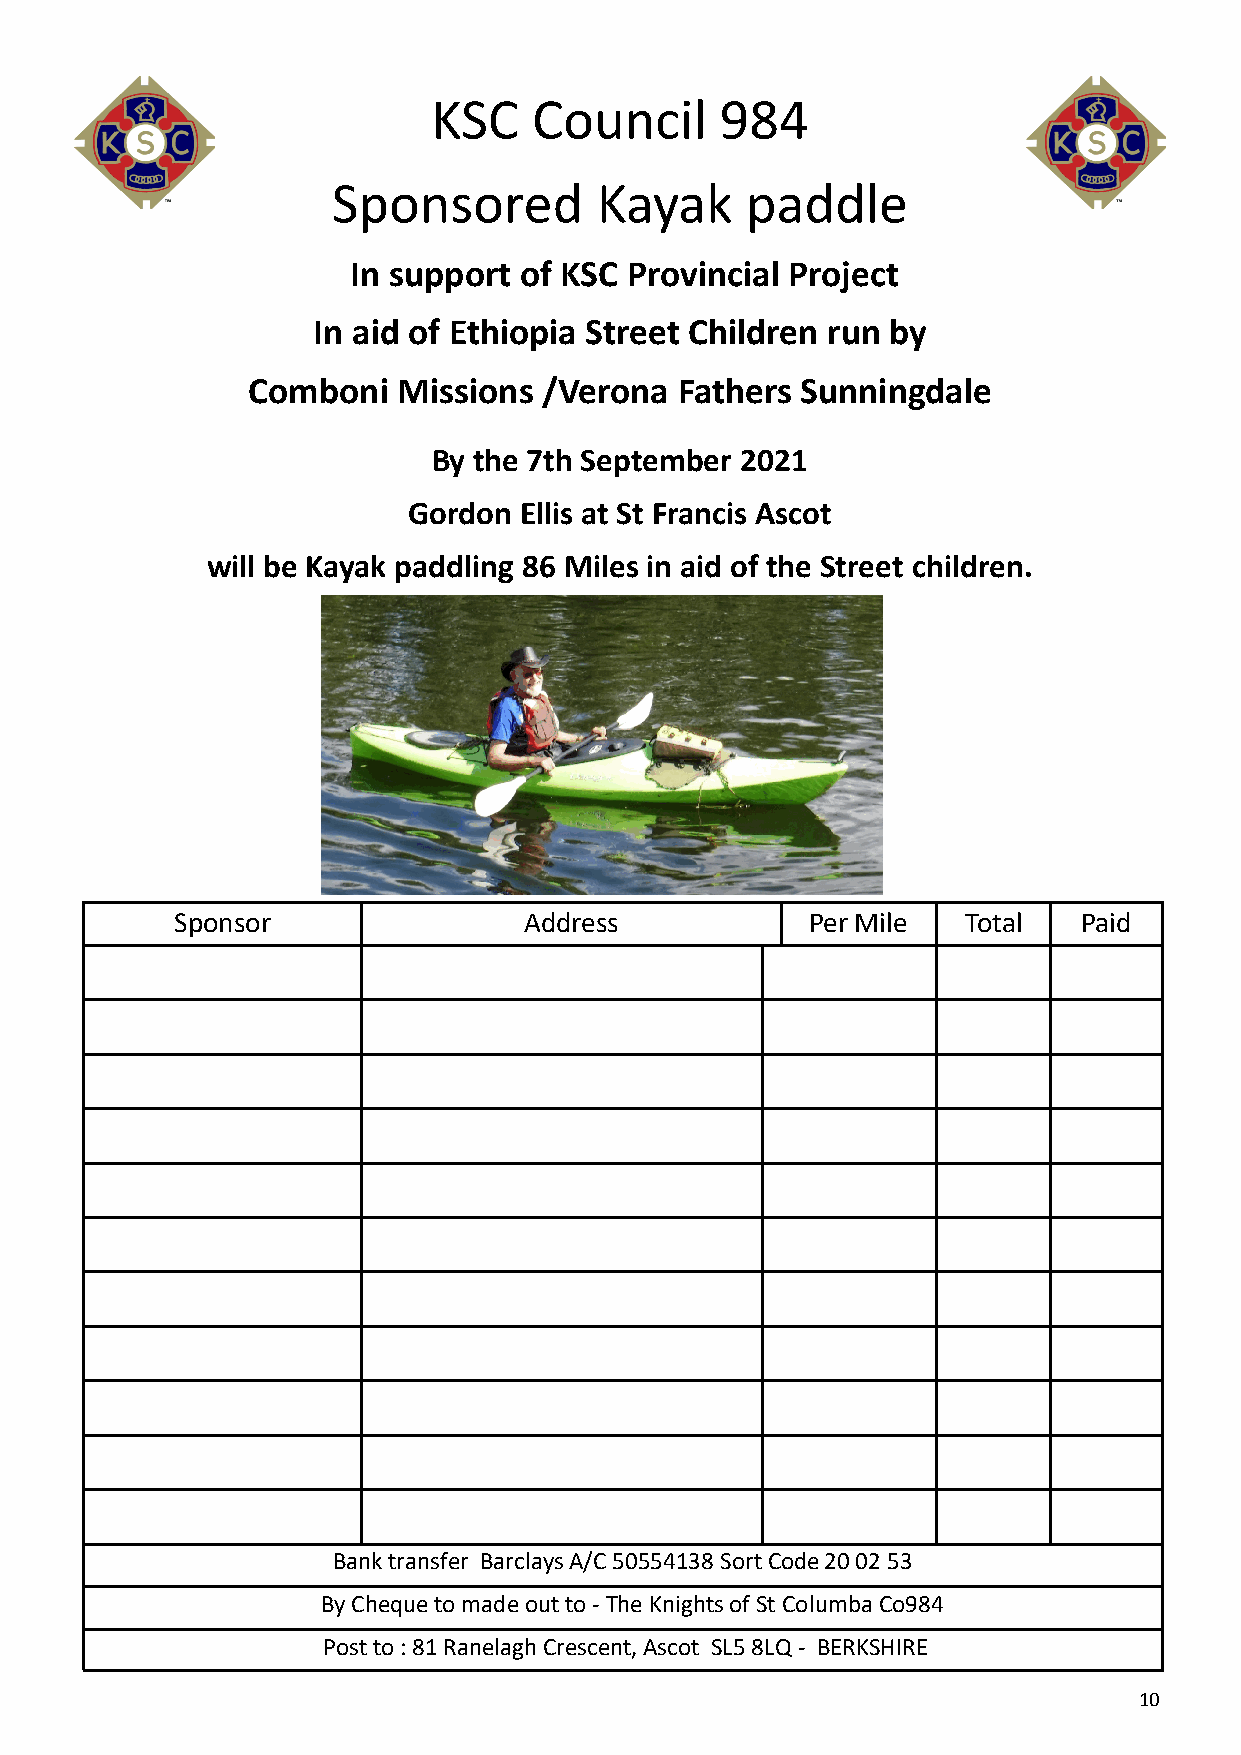
KSC   Council      984
 Sponsored        Kayak     paddle
 In support of KSC Provincial Project
 In aid of Ethiopia Street Children run by
 Comboni   Missions  /Verona  Fathers Sunningdale
 By the 7th September 2021
 Gordon Ellis at St Francis Ascot
 will be Kayak paddling 86 Miles in aid of the Street children.
 Sponsor                Address            Per Mile  T otal  Paid
 Bank transfer Barclays A/C 50554138 Sort Code 20 02 53
 By Cheque to made out to - The Knights of St Columba Co984
 Post to : 81 Ranelagh Crescent, Ascot SL5 8LQ - BERKSHIRE
 10